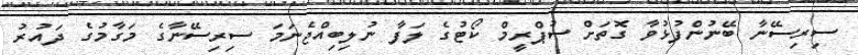
ސިރިސޭނާ ބޭނުންފުޅުވާ ގޮތަށް ސުޕްރީމް ކޯޓުގެ ލަފާ ނުލިބިއްޖެނަމަ ސިރިސޭނާގެ މަގާމުގެ ދައުރު